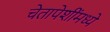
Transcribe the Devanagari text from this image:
चेतापेशींमध्ये